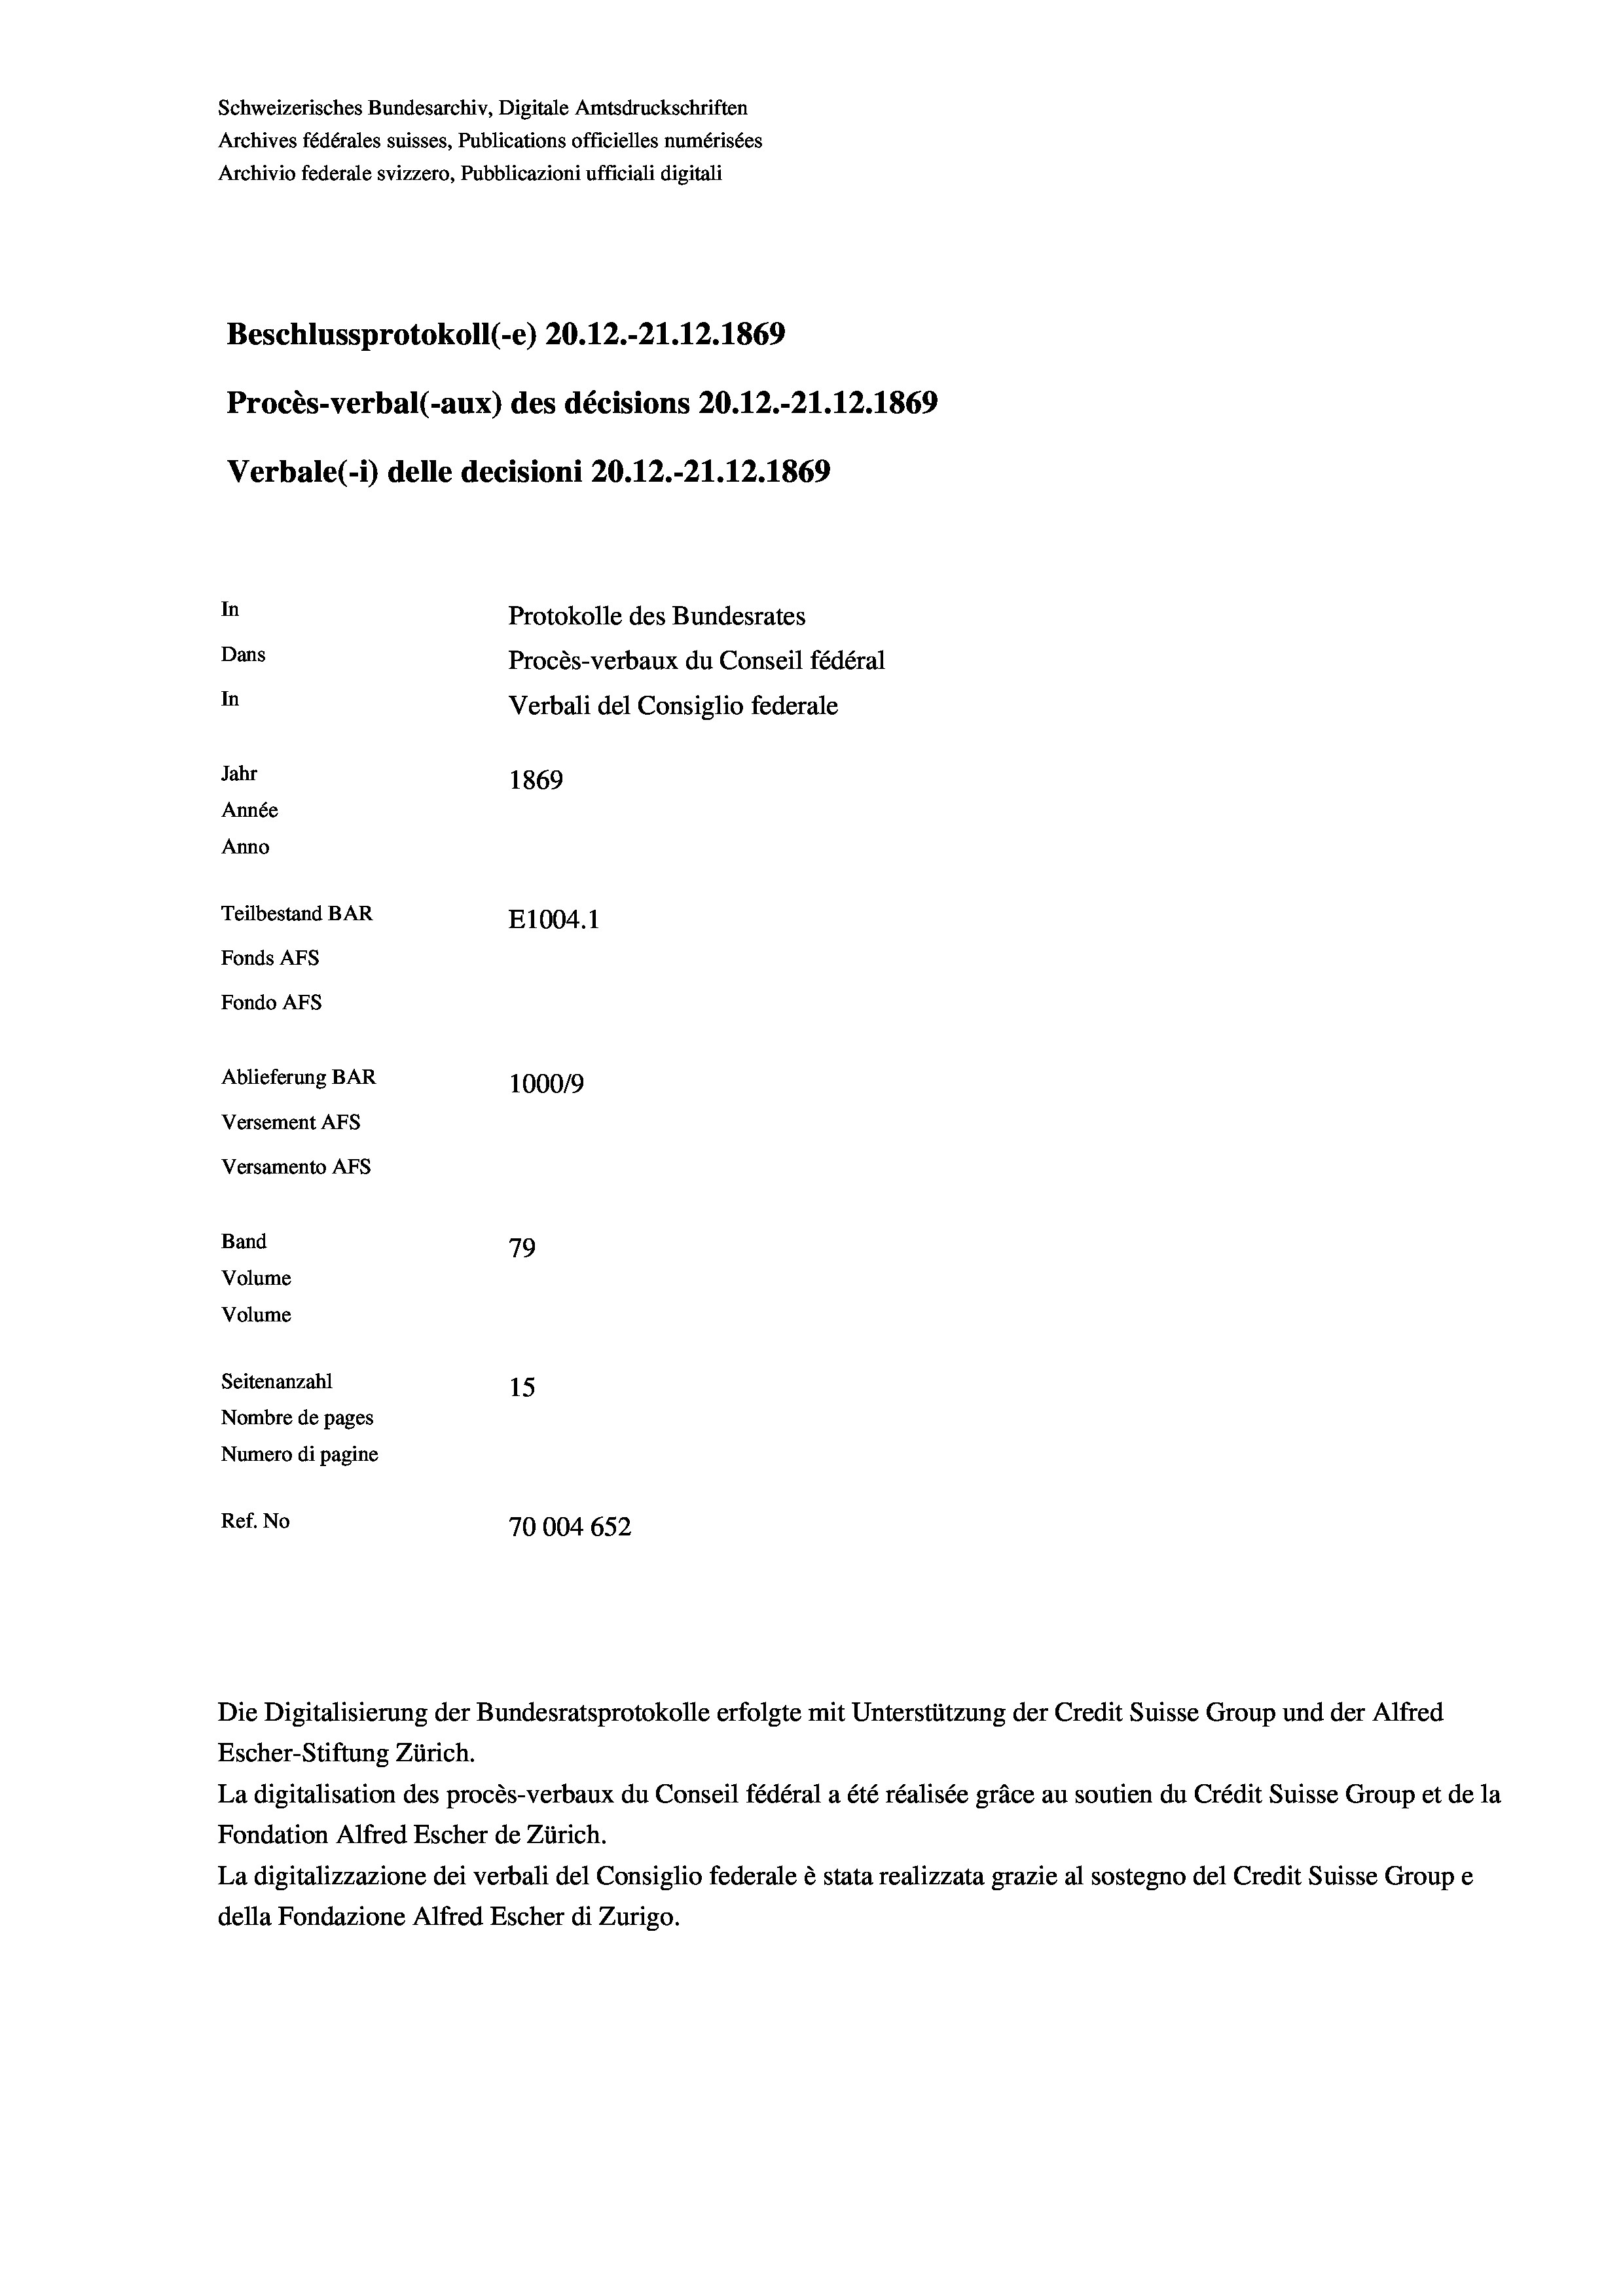
Schweizerisches Bundesarchiv, Digitale Amtsdruckschriften
Archives fédérales suisses, Publications officielles numérisées
Archivio federale svizzero, Pubblicazioni ufficiali digitali
Beschlussprotokoll (-e) 20.12.-21.12.1869
Procès-verbal (-aux) des décisions 20.12.-21.12.1869
Verbale(-*) delle decisioni 20.12.-21.12.1869
In
Protokolle des Bundesrates
Dans
Procès-verbaux du Conseil fédéral
In
Verbali del Consiglio federale
Jahr
1869
Année
Anno
Teilbestand BAR
E1004. 1
Fonds AFs
Fondo AFs
Ablieferung BAR
1000/9
Versement AFs
Versamento AFs
Band
79
Volume

Seitenanzahl
15
Nombre de pages
Numero di pagine
Ref. No
70004 652

Volume

Die Digitalisierung der Bundesratsprotokolle erfolgte mit Unterstützung der Credit Suisse Group und der Alfred
Escher-Stiftung Zürich.
La digitalisation des procès-verbaux du Conseil fédéral a été réalisée gräce au soutien du Crédit Suisse Group et de la
Fondation Alfred Escher de Zürich.
La digitalizzazione dei verbali del Consiglio federale è stata realizzata grazie al sostegno del Credit Suisse Groupe
della Fondazione Alfred Escher di Zurigo.